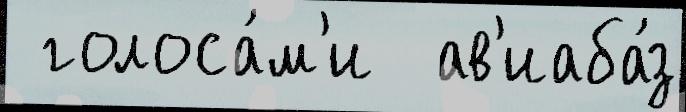
 голоса́м'и  ав'иаба́з